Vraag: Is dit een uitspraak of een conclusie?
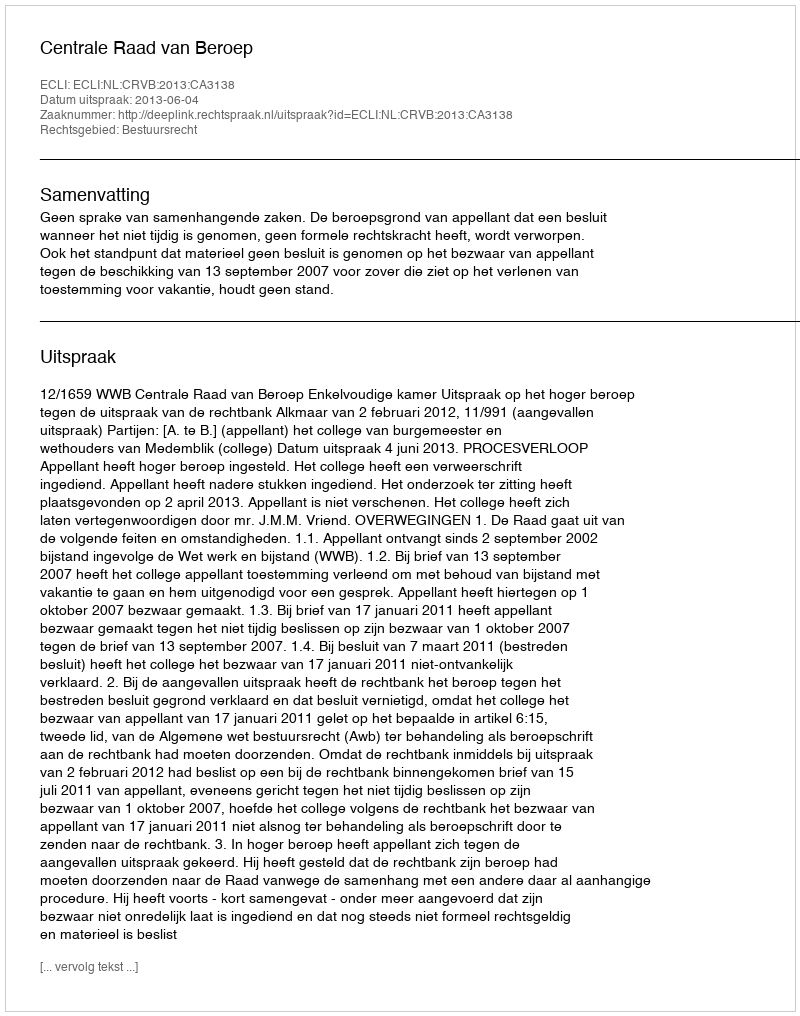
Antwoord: Uitspraak